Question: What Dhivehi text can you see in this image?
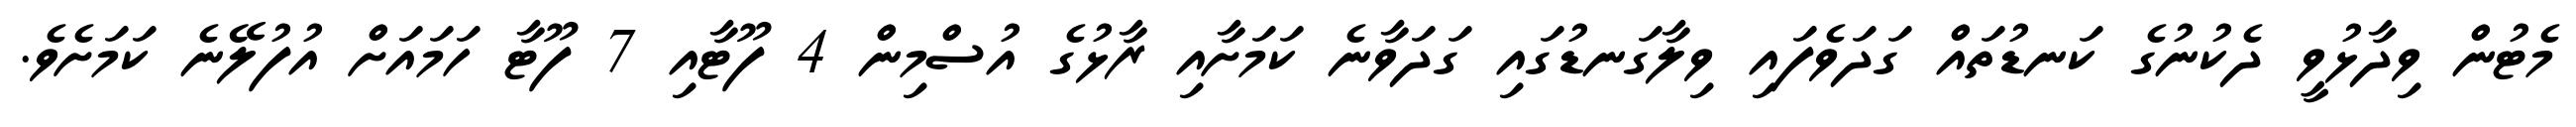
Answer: މެޓުން ވިދާޅުވީ ދެކުނުގެ ކަނޑުތައް ގަދަވެފައި ވިލާގަނޑުގައި ގަދަވާނެ ކަމަށާއި ރާޅުގެ އުސްމިން 4 ފޫޓާއި 7 ފޫޓާ ހަމައަށް އުފުލޭނެ ކަމަށެވެ.